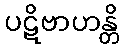
ပဋိဗာဟန္တိ